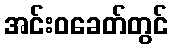
အင်းဝခေတ်တွင်